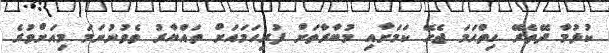
ކުޅުމާ ދޭތެރޭ ހިތްހަމަ ޖެހޭ ކަމަށާއި މުބާރާތަށް ފުރިހަމައަށް ތައްޔާރު ވެވުނުނަމަ މިއަށްވުރެ